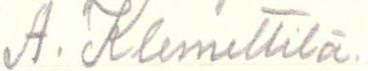
A. Klemettilä.